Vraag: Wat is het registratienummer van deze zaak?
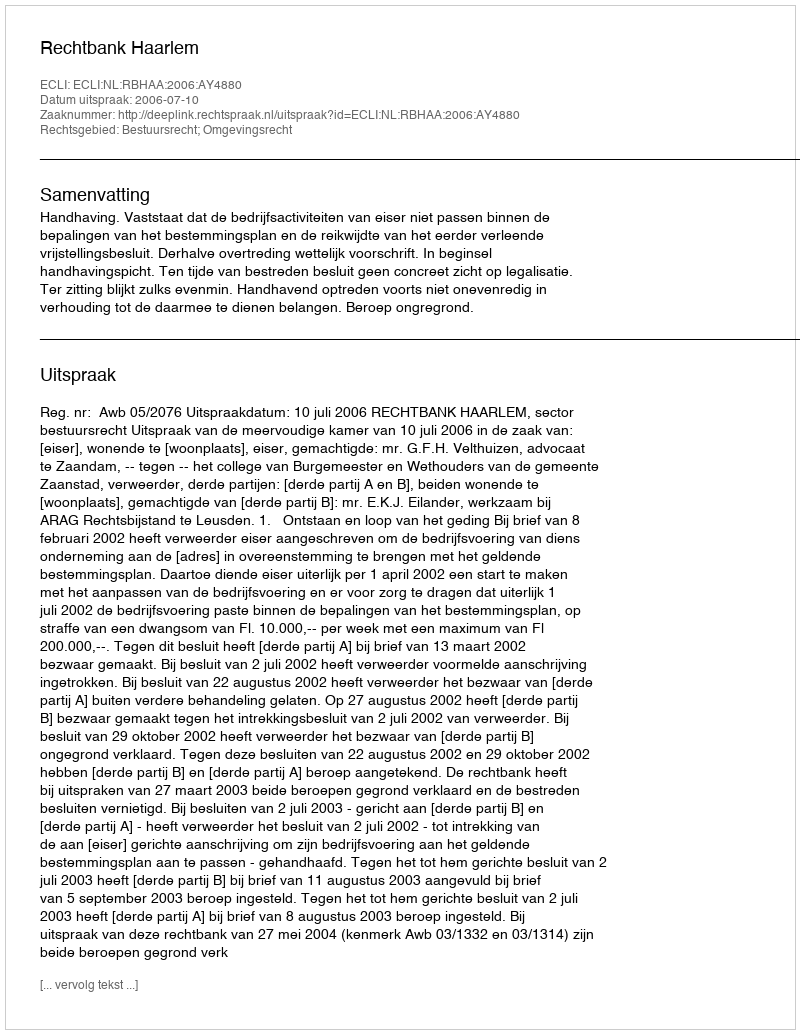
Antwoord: http://deeplink.rechtspraak.nl/uitspraak?id=ECLI:NL:RBHAA:2006:AY4880